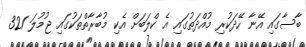
ބާސާގައި އޭނާ ހޭދަކުރި މުއްދަތުގައި އެ ކްލަބަށް އެކި މުބާރާތްތަކުގައި ޖުމުލަ 321